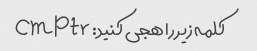
کلمه زیر را هجی کنید: cmptr